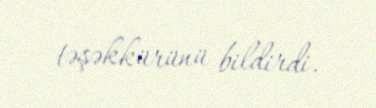
təşəkkürünü bildirdi.